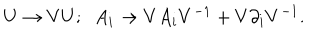
U \rightarrow V U ; \; \; A _ { i } \rightarrow V A _ { i } V ^ { - 1 } + V \partial _ { i } V ^ { - 1 } .